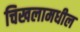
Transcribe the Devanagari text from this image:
चिखलामधील